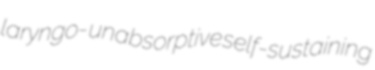
laryngo- unabsorptive self-sustaining